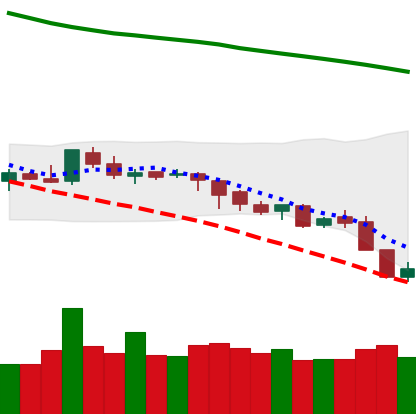
Ticker: LTC-USD
Chart end date: 2018-08-09
Forward return: -14.725%
Label: down_7plus